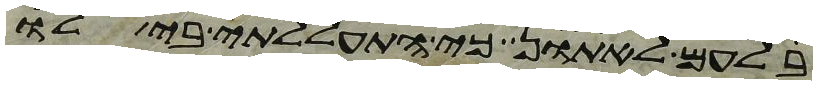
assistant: בלעם לאתון כי התעללתי בי לו